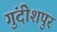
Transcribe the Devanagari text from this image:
गुंदीशपुर